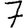
Digit: 7